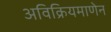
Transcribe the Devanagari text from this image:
अविक्रियमाणेन